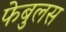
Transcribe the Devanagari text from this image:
फेबुलस